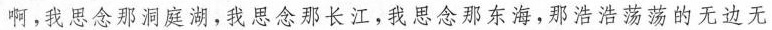
啊，我思念那洞庭湖，我思念那长江，我思念那东海，那浩浩荡荡的无边无